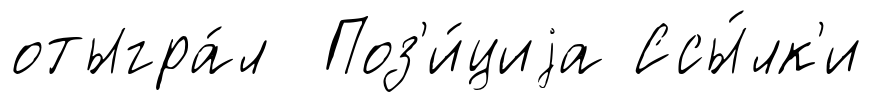
отыгра́л Поз'и́циjа Ссы́лк'и